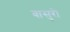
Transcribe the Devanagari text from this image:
बासुरी